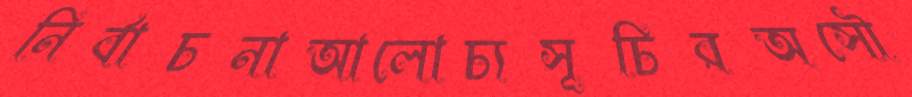
নির্বাচনাআলোচ্যসূচিরঅসৌ